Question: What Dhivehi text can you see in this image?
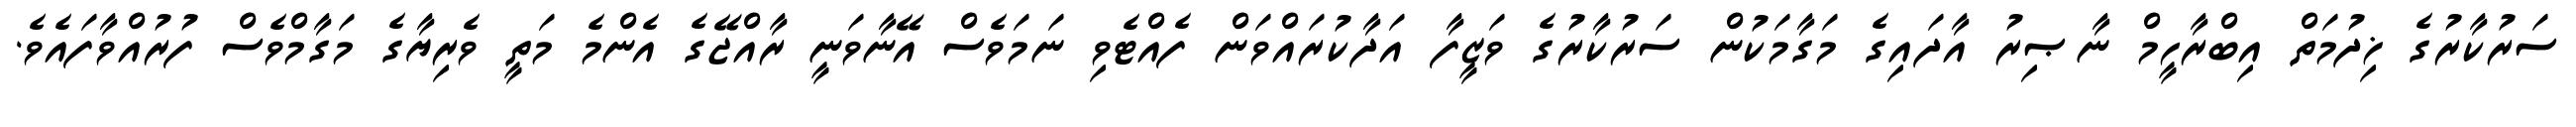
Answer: ސަރުކާރުގެ ޚިދުމަތް އިބްރާހީމް ނާޞިރު އާދައިގެ މަގާމަކުން ސަރުކާރުގެ ވަޒީފާ އަދާކުރައްވަން ފެއްޓެވި ނަމަވެސް އޭނާވަނީ ރާއްޖޭގެ އެންމެ މަތީ ވެރިޔާގެ މަގާމްވެސް ފުރުއްވާފައެވެ.